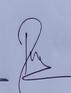
Signature authenticity: genuine